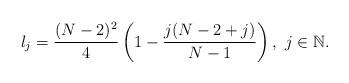
LaTeX: \begin{align*}\l_j=\frac{(N-2)^2}4\left(1-\frac {j(N-2+j)}{N-1}\right),\ j\in\mathbb {N}.\end{align*}